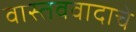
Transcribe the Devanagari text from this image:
वास्तववादाचे